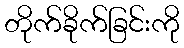
တိုက်ခိုက်ခြင်းကို